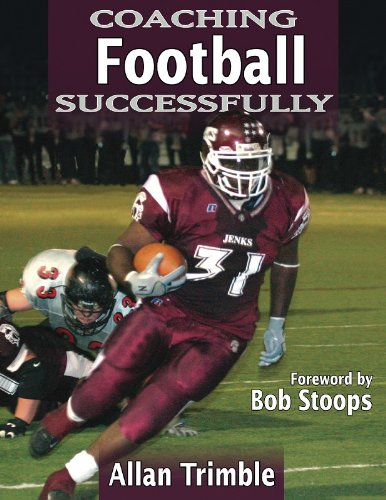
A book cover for Coaching Football Successfully (Coaching Successfully Series); Allan Trimble; Sports & Outdoors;